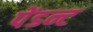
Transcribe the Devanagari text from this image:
पेंडन्ट